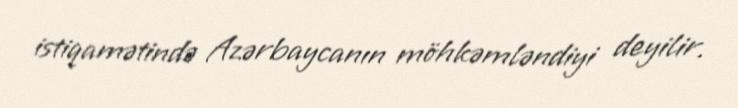
istiqamətində Azərbaycanın möhkəmləndiyi deyilir.